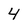
Character: 4